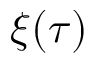
\xi ( \tau )